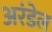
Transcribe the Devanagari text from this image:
अरंडेल